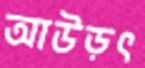
আউড়ৎ